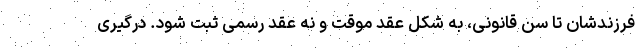
فرزندشان تا سن قانونی، به شکل عقد موقت و نه عقد رسمی ثبت شود. درگیری